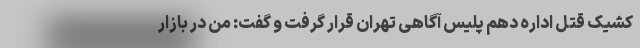
کشیک قتل اداره دهم پلیس آگاهی تهران قرار گرفت و گفت: من در بازار